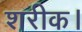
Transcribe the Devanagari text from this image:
शरीक।